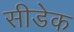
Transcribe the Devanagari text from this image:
सीडेक